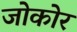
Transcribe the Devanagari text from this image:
जोकोर